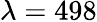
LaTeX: \lambda=498